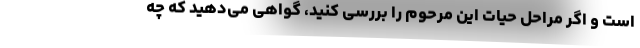
است و اگر مراحل حیات این مرحوم را بررسی کنید، گواهی می‌دهید که چه